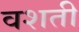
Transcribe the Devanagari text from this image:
वशती